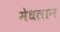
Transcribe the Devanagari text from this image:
मेधलान